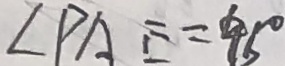
\angle P A E = 4 5 ^ { \circ }